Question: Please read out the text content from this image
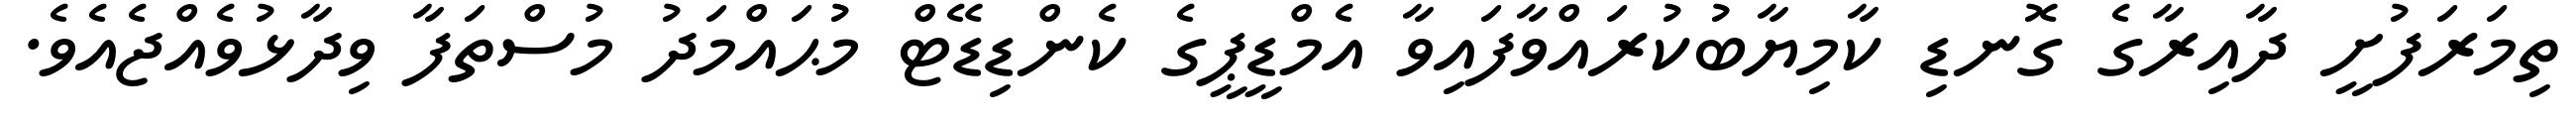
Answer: ތިމަރަފުށީ ދާއިރާގެ ގޮނޑި ކާމިޔާބުކުރައްވާފައިވާ އެމްޑީޕީގެ ކެންޑިޑޭޓް މުޙައްމަދު މުސްތަފާ ވިދާޅުވެއްޖެއެވެ.